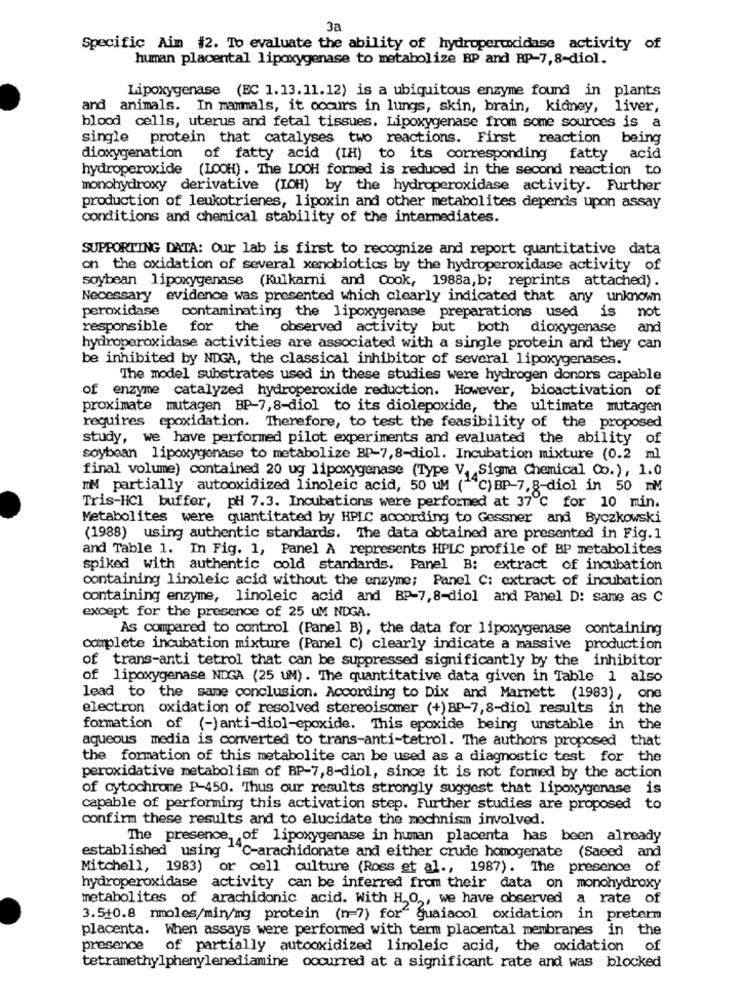
3a
Specific Aim #2. To evaluate the ability of hydroperoxidase activity of
human placental lipoxygenase to metabolize RP and BP-7,8-diol.
Lipoxygenase (EC 1.13. 11.12) is a ubiquitous enzyme found in plants
and animals. In mammals, it occurs in lungs, skin, brain, kidney, liver,
blood cells, uterus and fetal tissues. Lipoxygenase from some sources is a
single protein that catalyses two reactions. First reaction
being
dioxygenation of fatty acid (IH) to its corresponding fatty acid
hydroperoxide (LOOH) . The LOOH formed is reduced in the second reaction to
monohydroxy derivative (IOH) by the hydroperoxidase activity. Further
production of leukotrienes, lipoxin and other metabolites depends upon assay
conditions and chemical stability of the intermediates.
SUPPORTING DATA: Our lab is first to recognize and report quantitative data
on the oxidation of several xenobiotics by the hydroperoxidase activity of
soybean lipoxygenase (Kulkarni and Cook, 1988a,b; reprints attached).
Necessary evidence was presented which clearly indicated that any unknown
peroxidase
not
contaminating the lipoxygenase preparations used is
responsible
for the
observed activity but both dioxygenase
and
hydroperoxidase activities are associated with a single protein and they can
be inhibited by NDGA, the classical inhibitor of several lipoxygenases.
The model substrates used in these studies were hydrogen donors capable
of enzyme catalyzed hydroperoxide reduction. However, bicactivation of
proximate mutagen BP-7,8-diol to its diolepoxide, the ultimate mutagen
requires epoxidation. Therefore, to test the feasibility of the proposed
study, we have performed pilot experiments and evaluated the ability of
soybean lipoxygenase to metabolize BP-7,8-diol. Incubation mixture (0.2 ml
final volume) contained 20 ug lipoxygenase (Type V, Sigma Chemical Co.), 1.0
IM partially autooxidized linoleic acid, 50 UM (""C) BP-7,8-diol in 50 mM
Tris-HCl buffer, pH 7.3. Incubations were performed at 37℃ for 10 min.
Metabolites were quantitated by HPLC according to Gessner and Byczkowski
(1988) using authentic standards. The data obtained are presented in Fig.1
and Table 1. In Fig. 1, Panel A represents HPLC profile of BP metabolites
spiked with authentic cold standards. Panel B: extract of incubation
containing linoleic acid without the enzyme; Panel C: extract of incubation
containing enzyme, linoleic acid and BP-7,8-diol and Panel D: same as C
except for the presence of 25 UM NDGA.
As compared to control (Panel B), the data for lipoxygenase containing
complete incubation mixture (Panel C) clearly indicate a massive production
of trans-anti tetrol that can be suppressed significantly by the inhibitor
of lipoxygenase NDGA (25 UM). The quantitative data given in Table 1 also
lead to the same conclusion. According to Dix and Marnett (1983), one
electron oxidation of resolved stereoisomer (+)BP-7,8-diol results in the
formation of (-) anti-diol-epoxide. This epoxide being unstable in the
aqueous media is converted to trans-anti-tetrol. The authors proposed that
the formation of this metabolite can be used as a diagnostic test for the
peroxidative metabolism of BP-7,8-diol, since it is not formed by the action
of cytochrome P-450. Thus our results strongly suggest that lipoxygenase is
capable of performing this activation step. Further studies are proposed to
confirm these results and to elucidate the mechnism involved.
The presence, of lipoxygenase in human placenta has been already
established using ""C-arachidonate and either crude homogenate (Saeed and
Mitchell, 1983) or cell culture (Ross et al ., 1987). The presence of
hydroperoxidase activity can be inferred from their data on monohydroxy
metabolites of arachidonic acid. With H.O ,, we have observed a rate of
3.5+0.8 nmoles/min/mg protein (n-7) for" guaiacol oxidation in preterm
placenta. When assays were performed with term placental membranes in the
presence
of partially autooxidized linoleic acid, the oxidation of
tetramethylphenylenediamine occurred at a significant rate and was blocked